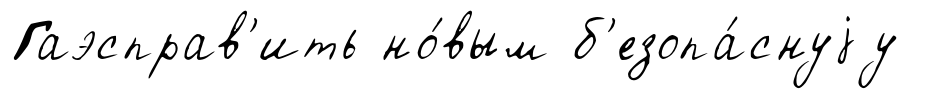
Гаэсправ'ить но́вым б'езопа́снуjу